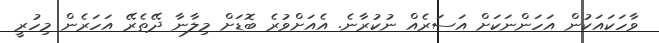
ވާހަކައަކުން އަހަންނަކަށް އަސަރެއް ނުކުރާނެ. އެއަށްވުރެ ބޮޑަށް މިލާނާ ދޭތެރޭ އަހަރެން މިހުރީ